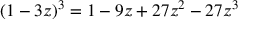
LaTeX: ( 1 - 3 z ) ^ { 3 } = 1 - 9 z + 2 7 z ^ { 2 } - 2 7 z ^ { 3 }